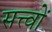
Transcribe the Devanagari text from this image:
सत्त्वों